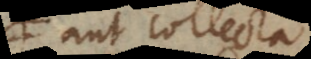
aut collecta